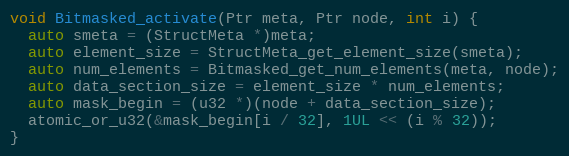
Language: C
void Bitmasked_activate(Ptr meta, Ptr node, int i) {
  auto smeta = (StructMeta *)meta;
  auto element_size = StructMeta_get_element_size(smeta);
  auto num_elements = Bitmasked_get_num_elements(meta, node);
  auto data_section_size = element_size * num_elements;
  auto mask_begin = (u32 *)(node + data_section_size);
  atomic_or_u32(&mask_begin[i / 32], 1UL << (i % 32));
}